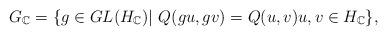
LaTeX: \begin{align*}G_{\mathbb{C}}=\{ g\in GL(H_{\mathbb{C}})|~ Q(gu, gv)=Q(u, v) u, v\in H_{\mathbb{C}}\},\end{align*}